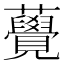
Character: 𧅫